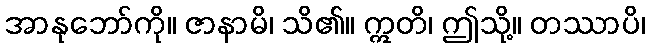
အာနုဘော်ကို။ ဇာနာမိ၊ သိ၏။ ဣတိ၊ ဤသို့။ တဿာပိ၊